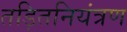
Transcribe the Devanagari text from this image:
तड़ितनियंत्रण